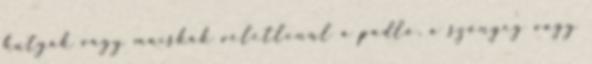
kutyák vagy macskák véletlenül a padló, a szőnyeg vagy